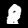
Label: 8